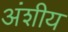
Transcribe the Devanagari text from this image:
अंशीय